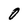
Character: 0